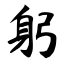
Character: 躬